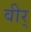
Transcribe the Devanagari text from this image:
वीर्